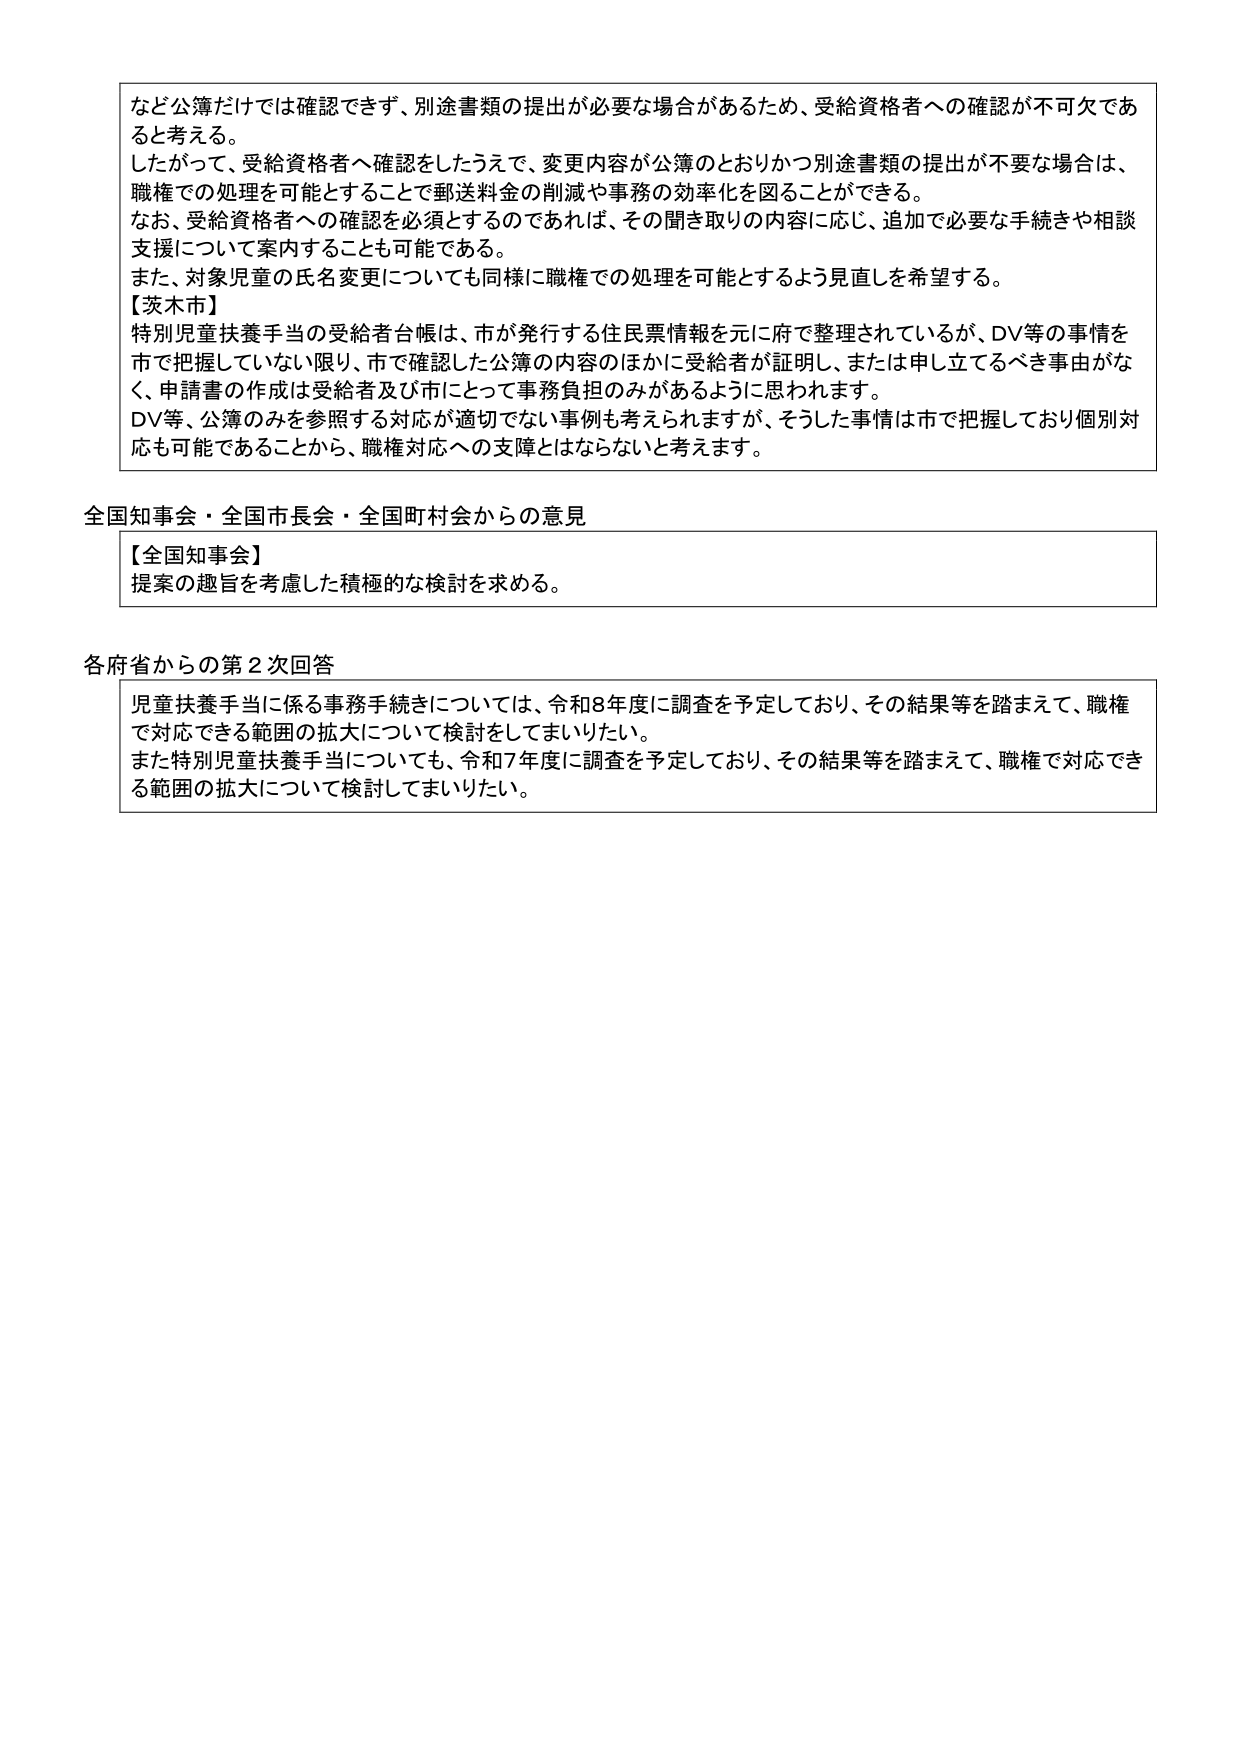
など公簿だけでは確認できず、別途書類の提出が必要な場合があるため、受給資格者への確認が不可欠であると考える。
したがって、受給資格者へ確認をしたうえで、変更内容が公簿のとおりかつ別途書類の提出が不要な場合は、職権での処理を可能とすることで郵送料金の削減や事務の効率化を図ることができる。
なお、受給資格者への確認を必須とするのであれば、その聞き取りの内容に応じ、追加で必要な手続きや相談支援について案内することも可能である。
また、対象児童の氏名変更についても同様に職権での処理を可能とするよう見直しを希望する。
【茨木市】
特別児童扶養手当の受給者台帳は、市が発行する住民票情報を元に府で整理されているが、DV等の事情を市で把握していない限り、市で確認した公簿の内容のほかに受給者が証明し、または申し立てるべき事由がなく、申請書の作成は受給者及び市にとって事務負担のみがあるように思われます。
DV等、公簿のみを参照する対応が適切でない事例も考えられますが、そうした事情は市で把握しており個別対応も可能であることから、職権対応への支障とはならないと考えます。

全国知事会・全国市長会・全国町村会からの意見
【全国知事会】
提案の趣旨を考慮した積極的な検討を求める。

各府省からの第2次回答
児童扶養手当に係る事務手続きについては、令和8年度に調査を予定しており、その結果等を踏まえて、職権で対応できる範囲の拡大について検討してまいりたい。
また特別児童扶養手当についても、令和7年度に調査を予定しており、その結果等を踏まえて、職権で対応できる範囲の拡大について検討してまいりたい。